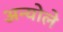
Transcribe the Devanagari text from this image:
अन्योले